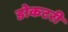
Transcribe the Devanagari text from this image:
डोकटरी